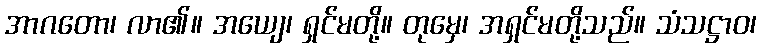
အာဂတော၊ လာ၏။ အယျေ၊ ရှင်မတို့။ တုမှေ၊ အရှင်မတို့သည်။ သံသဋ္ဌာဝ၊